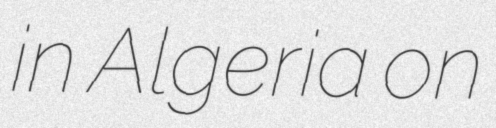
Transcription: in Algeria on